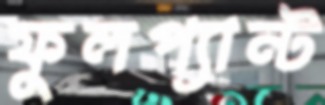
ফুলপ্যান্ট